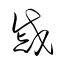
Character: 慼